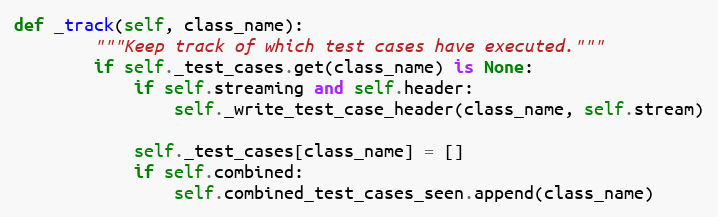
Language: Python
def _track(self, class_name):
        """Keep track of which test cases have executed."""
        if self._test_cases.get(class_name) is None:
            if self.streaming and self.header:
                self._write_test_case_header(class_name, self.stream)

            self._test_cases[class_name] = []
            if self.combined:
                self.combined_test_cases_seen.append(class_name)